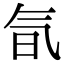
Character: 氜